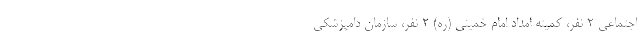
اجتماعی ۲ نفر، کمیته امداد امام خمینی (ره) ۲ نفر، سازمان دامپزشکی